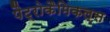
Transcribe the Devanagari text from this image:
पैट्रोकैमिकल्स